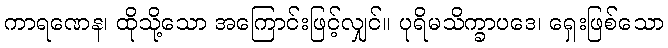
ကာရဏေန၊ ထိုသို့သော အကြောင်းဖြင့်လျှင်။ ပုရိမသိက္ခာပဒေ၊ ရှေးဖြစ်သော